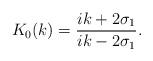
LaTeX: \begin{align*}K_{0}(k)=\frac{ik+2\sigma_{1}}{ik-2\sigma_{1}}.\end{align*}